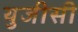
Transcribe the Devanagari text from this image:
युजीसी